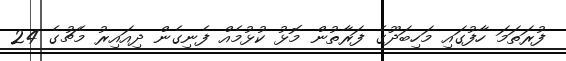
ފުރަތަމަ ހާފުގައި މަހިބަދޫގެ ފަރާތުން މޮޅު ކުޅުމެއް ފެނިގެން ދިއައިރު މެޗުގެ 24